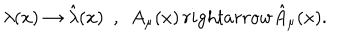
\lambda ( x ) \rightarrow \hat { \lambda } ( x ) ~ ~ , ~ ~ A _ { \mu } ( x ) \, r i g h t a r r o w \hat { A } _ { \mu } ( x ) .